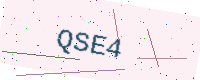
Text: QSE4